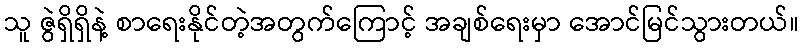
သူ ဇွဲရှိရှိနဲ့ စာရေးနိုင်တဲ့အတွက်ကြောင့် အချစ်ရေးမှာ အောင်မြင်သွားတယ်။